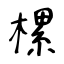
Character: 樏